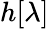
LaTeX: h[\lambda]